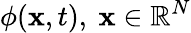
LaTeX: \phi(\mathbf{x},t),\ \mathbf{x}\in\mathbb{R}^{N}